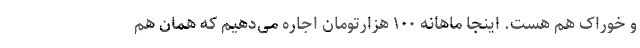
و خوراک هم هست. اینجا ماهانه ۱۰۰ هزارتومان اجاره می‌دهیم که همان هم